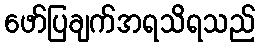
ဖော်ပြချက်အရသိရသည်